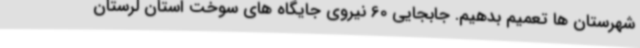
شهرستان ها تعمیم بدهیم. جابجایی 60 نیروی جایگاه های سوخت استان لرستان